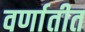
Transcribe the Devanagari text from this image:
वर्णातीत